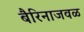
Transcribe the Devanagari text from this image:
बैरिनाजवळ